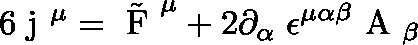
6 \mathrm { \boldmath ~ j ~ } ^ { \mu } = \tilde { \mathrm { \boldmath ~ F ~ } } ^ { \mu } + 2 \partial _ { \alpha } \; \epsilon ^ { \mu \alpha \beta } \mathrm { \boldmath ~ A ~ } _ { \beta }